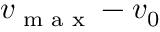
v _ { \textrm { m a x } } - v _ { 0 }